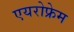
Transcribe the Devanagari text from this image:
एयरोफ्रेम